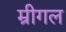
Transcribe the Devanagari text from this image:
म्रीगल